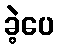
ခဲ့ပေ